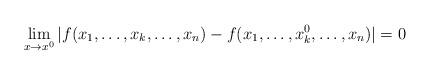
LaTeX: \begin{gather*} \lim\limits_{x\to x^0}|f(x_1,\dots,x_k,\dots,x_n)-f(x_1,\dots,x_k^0,\dots,x_n)|=0\end{gather*}